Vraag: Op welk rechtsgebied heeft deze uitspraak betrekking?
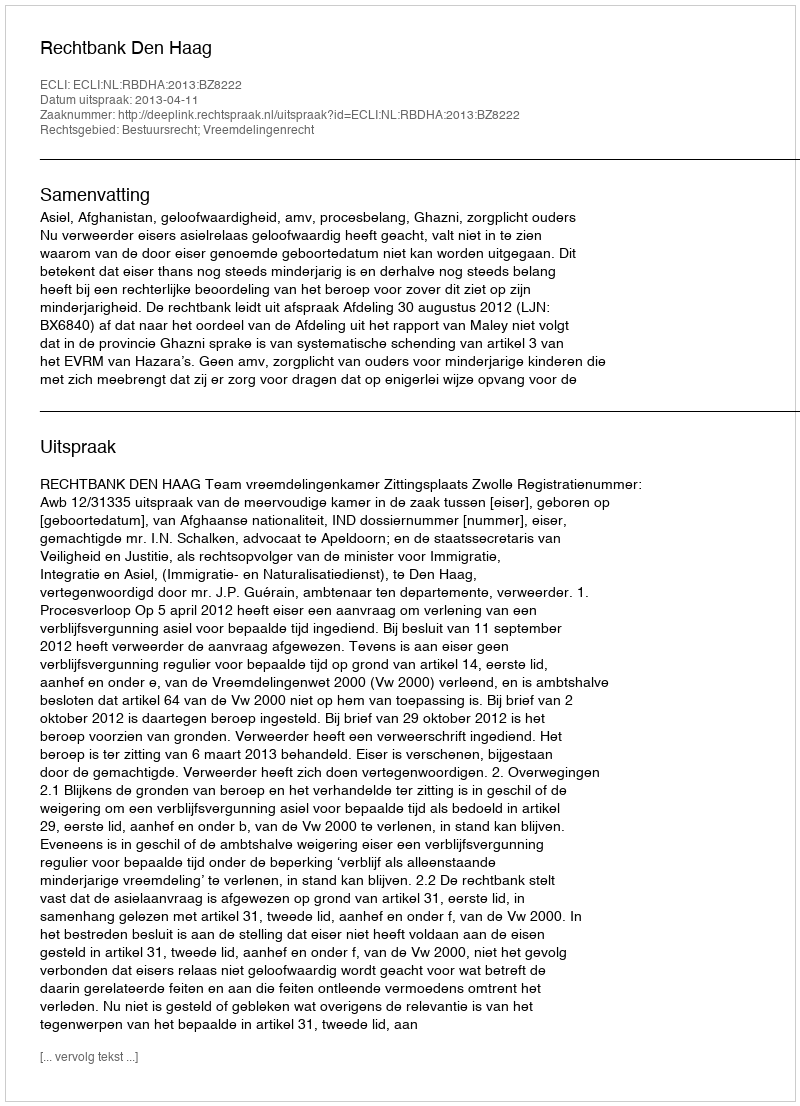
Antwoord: Bestuursrecht; Vreemdelingenrecht